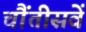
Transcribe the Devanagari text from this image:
चौंतीसवें